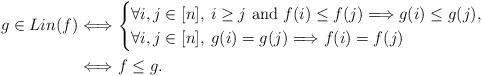
LaTeX: \begin{align*}g\in Lin(f)&\Longleftrightarrow\begin{cases}\forall i,j\in [n], \: i\geq j\mbox{ and }f(i)\leq f(j)\Longrightarrow g(i)\leq g(j),\\\forall i,j\in [n], \: g(i)=g(j)\Longrightarrow f(i)=f(j)\end{cases}\\&\Longleftrightarrow f\leq g.\end{align*}